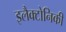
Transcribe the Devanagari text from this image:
इलैक्टोनिकी